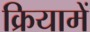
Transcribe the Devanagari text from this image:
क्रियामें